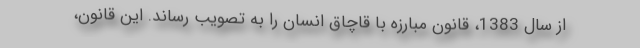
از سال 1383، قانون مبارزه با قاچاق انسان را به تصویب رساند. این قانون،